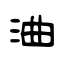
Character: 浀